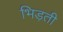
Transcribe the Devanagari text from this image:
भिड़ती